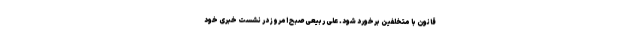
قانون با متخلفین برخورد شود. علی ربیعی صبح امروز در نشست خبری خود